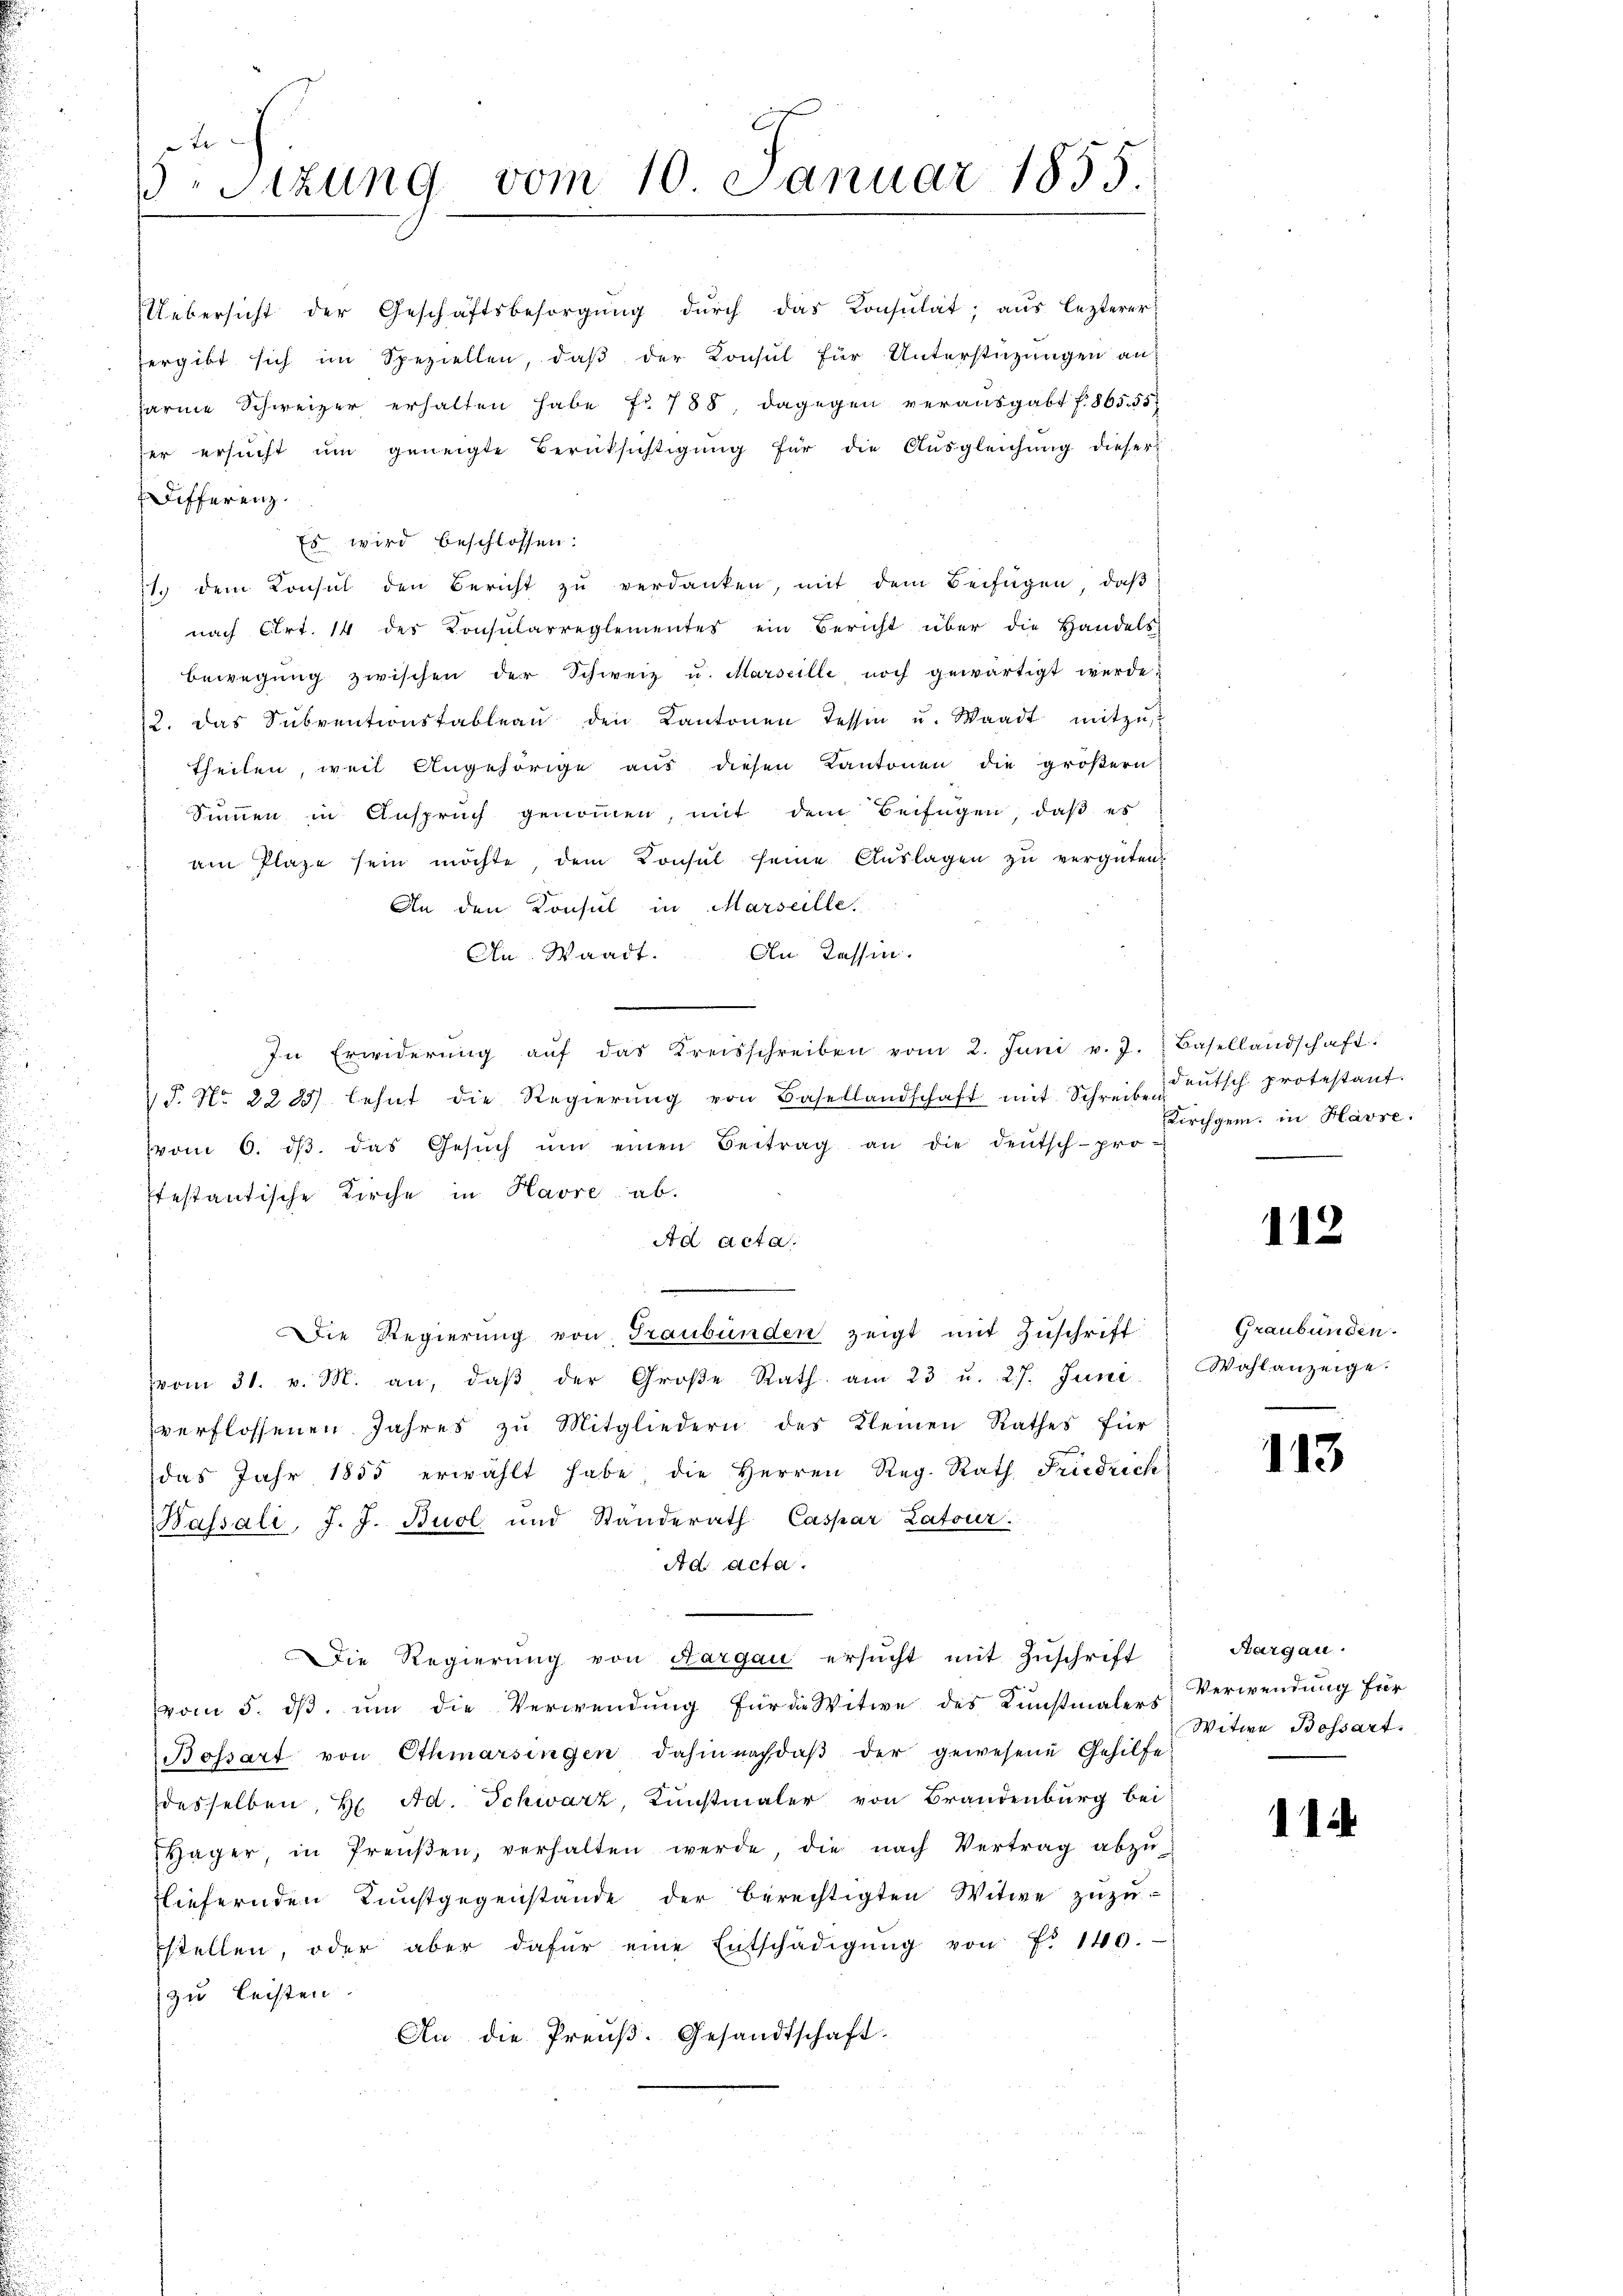
Differenz.
Es wird beschlossen:
11. dem Consul den Bericht zŭ verdanken, mit dem Beifügen, daβ
nach Art. 14 des Konsularreglementes ein Bericht über die Handels-
bewegung zwischen der Schweiz u. Marseille, noch gewärtigt werde.
12. Das Subventionstableau den Kantonen Tessin u. Waadt mitzŭ
theilen, weil Angehörige aus diesen Kantonen die größern
Simmen in Anspruch genommen, mit dem Beifügen, daß es
am Plaze sein möchte dem Consul seine Aŭslagen zŭ vergüten.
An den Konsul in Marseille.
An Waadt. An Kassin.
In Erwiderŭng aŭf das Kreisschreiben vom 2. Juni v. J. Basellandschaft.
25. No. 2205) lehnt die Regierŭng von Basellandschaft mit Schreiben Bŭtsch protestant.
vom 6. dβ. das Gesŭch ŭm einen Beitrag an die deŭtsch-pro-
Itestantische Kirche in Havre ab.
Ad Acta.
Die Regierŭng von Graubünden zeigt mit Zŭschrift
vom 31. v. M. an, daβ der Große Rath am 23 u. 27. Juni
verflossenen Jahres zŭ Mitgliedern des Kleinen Rathes für
das Jahr 1855 erwählt habe, die Herren Reg. Rath Friedrich
Bassali, J. J. Buol und Standerath Caspar Latour.
Ad acta.
Die Regierŭng von Aargau ersŭcht mit Zŭschrift
vom 5. dβ ŭm die Verwendŭng für die Witwe des Kunstmalers
Bossart von Othmarsingen dahin nach daβ der gewesene Gehilfe
desselben, H. Ad. Schwarz, Kunstmaler von Brandenburg bei:
Hager, in Preŭβen, verhalten werde, die nach Vertrag abzŭ-
liefernden Kunstgegenstände der berechtigten Witwe zuzustellen, oder aber dafür eine Entschädigŭng von Fr. 140.
zu leisten.
An die Preuß. Gesandtschaft.

ute
Sizung vom 10. Januar 1855.

Uebersicht der Geschäftsbesorgŭng dŭrch das Konsŭlat; aus lezterer
ergibt sich im Speziellen, daβ der Konsul für Unterstüzungen an
Jarme Schweizer erhalten habe fr. 788 dagegen verausgabt f. 865. 55
her ersŭcht ŭm geneigte Berüksichtigŭng für die Ausgleichŭng dieser

Kirchgem. in Havse:

112

Graubünden.
Wahlanzeige.

113

Aargau.
Verwendung für
Witwe Bossart.

11